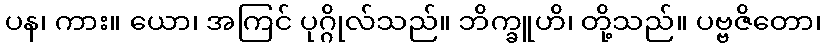
ပန၊ ကား။ ယော၊ အကြင် ပုဂ္ဂိုလ်သည်။ ဘိက္ခူဟိ၊ တို့သည်။ ပဗ္ဗဇိတော၊